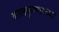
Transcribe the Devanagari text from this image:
बालकृष्णाच्या